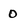
Character: 0